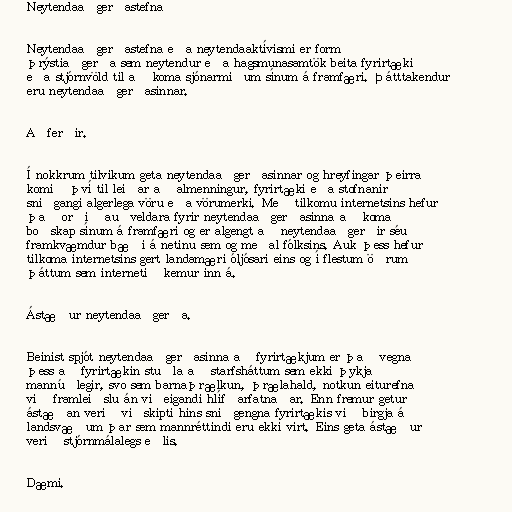
Neytendaaðgerðastefna

Neytendaaðgerðastefna eða neytendaaktívismi er form
þrýstiaðgerða sem neytendur eða hagsmunasamtök beita fyrirtæki
eða stjórnvöld til að koma sjónarmiðum sínum á framfæri. Þátttakendur
eru neytendaaðgerðasinnar.

Aðferðir.

Í nokkrum tilvikum geta neytendaaðgerðasinnar og hreyfingar þeirra
komið því til leiðar að almenningur, fyrirtæki eða stofnanir
sniðgangi algerlega vöru eða vörumerki. Með tilkomu internetsins hefur
það orðið auðveldara fyrir neytendaaðgerðasinna að koma
boðskap sínum á framfæri og er algengt að neytendaaðgerðir séu
framkvæmdur bæði á netinu sem og meðal fólksins. Auk þess hefur
tilkoma internetsins gert landamæri óljósari eins og í flestum öðrum
þáttum sem internetið kemur inn á.

Ástæður neytendaaðgerða.

Beinist spjót neytendaaðgerðasinna að fyrirtækjum er það vegna
þess að fyrirtækin stuðla að starfsháttum sem ekki þykja
mannúðlegir, svo sem barnaþrælkun, þrælahald, notkun eiturefna
við framleiðslu án viðeigandi hlífðarfatnaðar. Enn fremur getur
ástæðan verið viðskipti hins sniðgengna fyrirtækis við birgja á
landsvæðum þar sem mannréttindi eru ekki virt. Eins geta ástæður
verið stjórnmálalegs eðlis.

Dæmi.